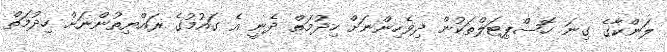
ލަންކާގެ ގިނަ ހޮސްޕިޓަލްތަކުން ދިވެހިންނަށް ހިދުމަތް ދެނީ އެ ގައުމުގެ ރައްޔިތުންނަށް ހިދުމަތް